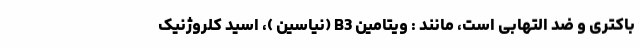
باکتری و ضد التهابی است، مانند : ویتامین B3 (نیاسین )، اسید کلروژنیک